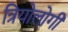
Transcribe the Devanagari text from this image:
त्रियोलोगी